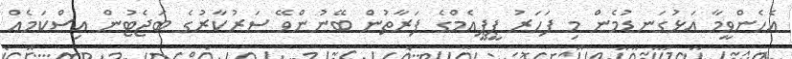
އެހެންވީމާ އަޅުގަނޑުމެން މި ފަހަރު ޕީޕީއެމްގެ ފަރާތުން ބޭނުންވޭ ސަރުކާރުގެ ބަޖެޓުން އިސްކަމެއް